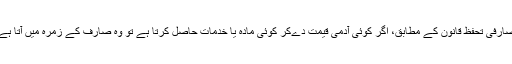
صارفی تحفظ قانون کے مطابق، اَگر کوئی آدمی قیمت دےکر کوئی مادہ یا خدمات حاصل کرتا ہے تو وہ صارف کے زمرہ میں آتا ہے۔